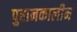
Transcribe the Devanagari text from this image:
पुरानकालीन